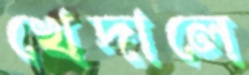
খেদালে